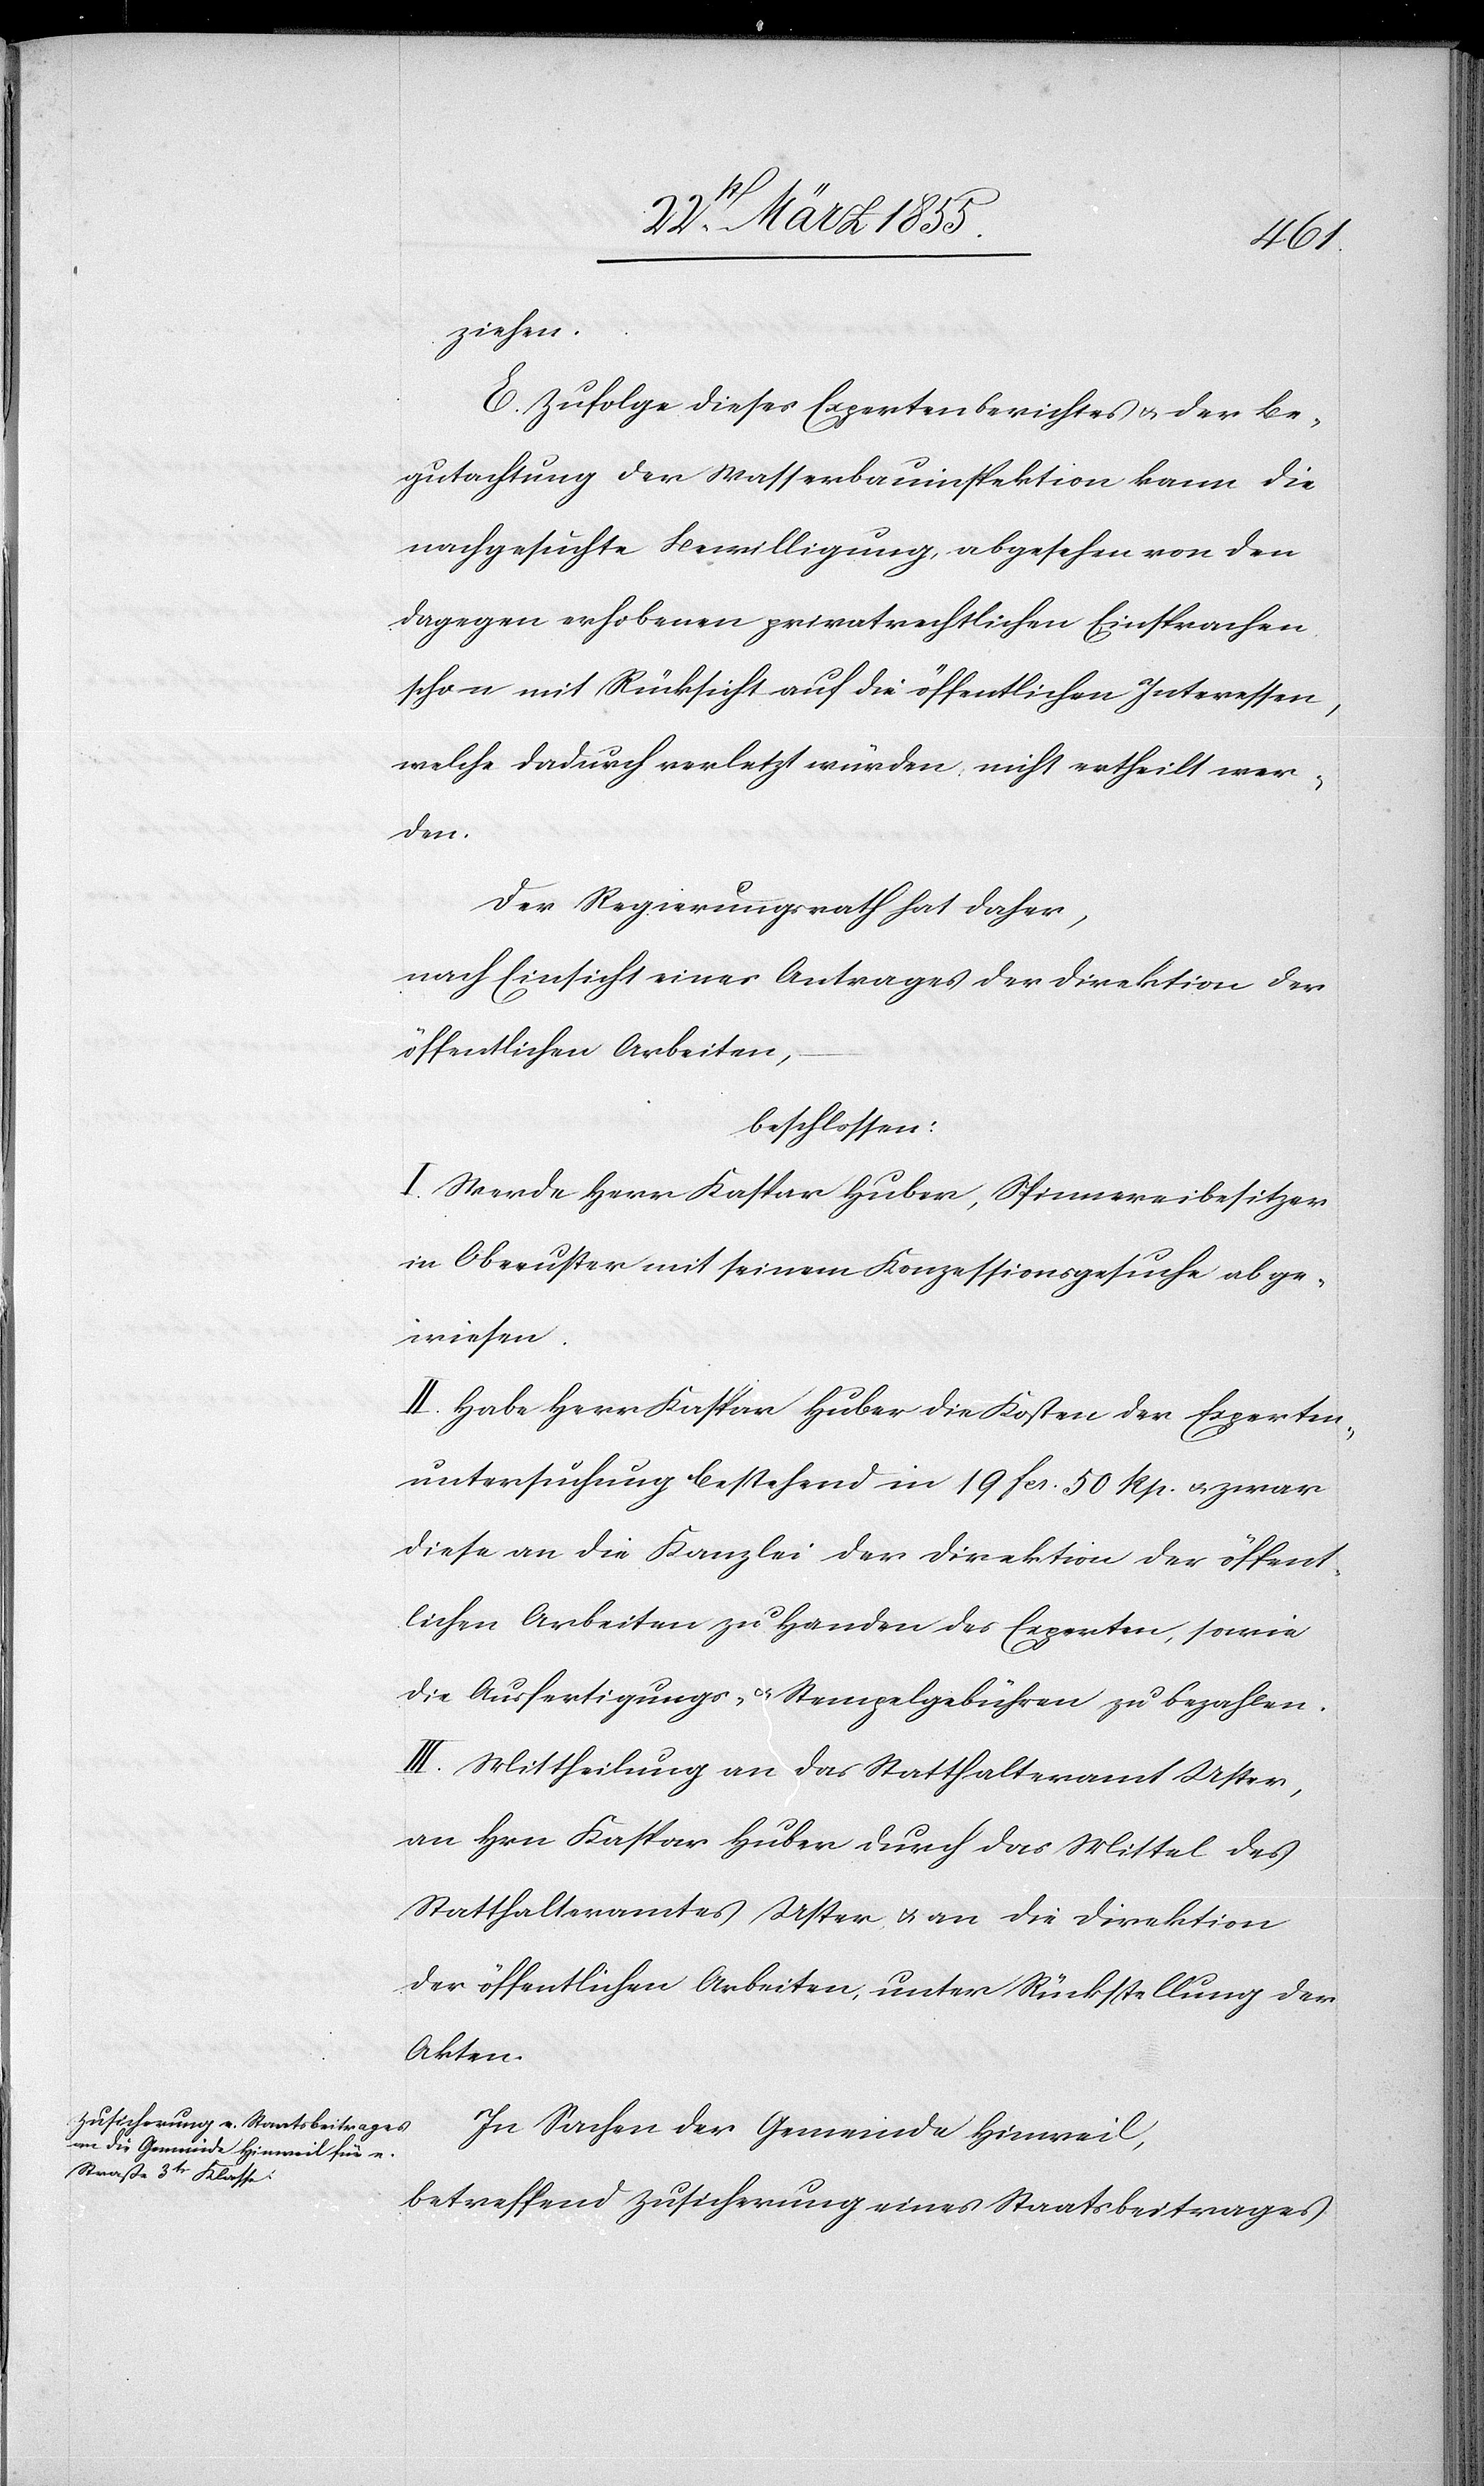
ziehen.
E. Zufolge dieses Expertenberichtes & der Be¬
gutachtung der Wasserbauinspektion kann die
nachgesuchte Bewilligung, abgesehen von den
dagegen erhobenen privatrechtlichen Einsprachen
schon mit Rücksicht auf die öffentlichen Interessen,
welche dadurch verletzt würden, nicht ertheilt wer¬
den.
Der Regierungsrath hat daher,
nach Einsicht eines Antrages der Direktion der
öffentlichen Arbeiten,
beschlossen:
I. Werde Herr Kaspar Huber, Spinnereibesitzer
in Oberuster mit seinem Konzessionsgesuche abge¬
wiesen.
II. Habe Herr Kaspar Huber die Kosten der Experten¬
untersuchung bestehend in 19 Fcs. 50 Rp. & zwar
diese an die Kanzlei der Direktion der öffent¬
lichen Arbeiten zu Handen des Experten, sowie
die Ausfertigungs- & Stempelgebühren zu bezahlen.
III. Mittheilung an das Statthalteramt Uster,
an Hrn Kaspar Huber durch das Mittel des
Statthalteramtes Uster & an die Direktion
der öffentlichen Arbeiten, unter Rückstellung der
Akten.
In Sachen der Gemeinde Hinweil,
betreffend Zusicherung eines Staatsbeitrages